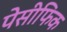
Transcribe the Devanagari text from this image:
पेसीफिक